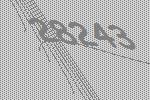
28243